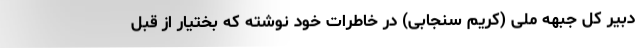
دبیر کل جبهه ملی (کریم سنجابی) در خاطرات خود نوشته که بختیار از قبل